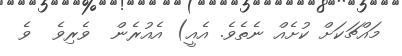
މައްޗަކަށް ކުށެއް ނެތެވެ. އެއީ) އެއުރެން  ވެރިވެ  ވެ